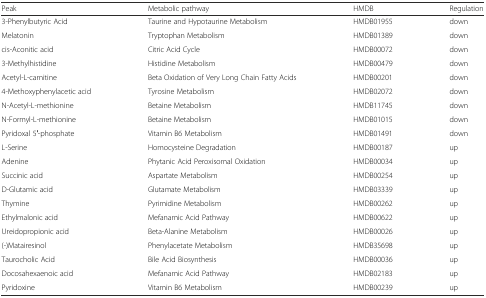
<table><thead><tr><td><b>Peak</b></td><td><b>Metabolic pathway</b></td><td><b>HMDB</b></td><td><b>Regulation</b></td></tr></thead><tbody><tr><td>3-Phenylbutyric Acid</td><td>Taurine and Hypotaurine Metabolism</td><td>HMDB01955</td><td>down</td></tr><tr><td>Melatonin</td><td>Tryptophan Metabolism</td><td>HMDB01389</td><td>down</td></tr><tr><td>cis-Aconitic acid</td><td>Citric Acid Cycle</td><td>HMDB00072</td><td>down</td></tr><tr><td>3-Methylhistidine</td><td>Histidine Metabolism</td><td>HMDB00479</td><td>down</td></tr><tr><td>Acetyl-L-carnitine</td><td>Beta Oxidation of Very Long Chain Fatty Acids</td><td>HMDB00201</td><td>down</td></tr><tr><td>4-Methoxyphenylacetic acid</td><td>Tyrosine Metabolism</td><td>HMDB02072</td><td>down</td></tr><tr><td>N-Acetyl-L-methionine</td><td>Betaine Metabolism</td><td>HMDB11745</td><td>down</td></tr><tr><td>N-Formyl-L-methionine</td><td>Betaine Metabolism</td><td>HMDB01015</td><td>down</td></tr><tr><td>Pyridoxal 5′-phosphate</td><td>Vitamin B6 Metabolism</td><td>HMDB01491</td><td>down</td></tr><tr><td>L-Serine</td><td>Homocysteine Degradation</td><td>HMDB00187</td><td>up</td></tr><tr><td>Adenine</td><td>Phytanic Acid Peroxisomal Oxidation</td><td>HMDB00034</td><td>up</td></tr><tr><td>Succinic acid</td><td>Aspartate Metabolism</td><td>HMDB00254</td><td>up</td></tr><tr><td>D-Glutamic acid</td><td>Glutamate Metabolism</td><td>HMDB03339</td><td>up</td></tr><tr><td>Thymine</td><td>Pyrimidine Metabolism</td><td>HMDB00262</td><td>up</td></tr><tr><td>Ethylmalonic acid</td><td>Mefanamic Acid Pathway</td><td>HMDB00622</td><td>up</td></tr><tr><td>Ureidopropionic acid</td><td>Beta-Alanine Metabolism</td><td>HMDB00026</td><td>up</td></tr><tr><td>(-)Matairesinol</td><td>Phenylacetate Metabolism</td><td>HMDB35698</td><td>up</td></tr><tr><td>Taurocholic Acid</td><td>Bile Acid Biosynthesis</td><td>HMDB00036</td><td>up</td></tr><tr><td>Docosahexaenoic acid</td><td>Mefanamic Acid Pathway</td><td>HMDB02183</td><td>up</td></tr><tr><td>Pyridoxine</td><td>Vitamin B6 Metabolism</td><td>HMDB00239</td><td>up</td></tr></tbody></table>